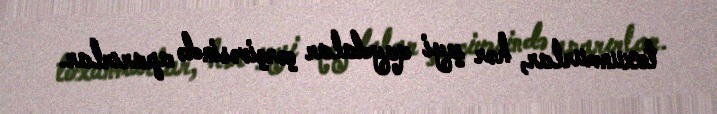
toxunmurlar, hər şeyi qaydalar çərçivəsində aparırlar.